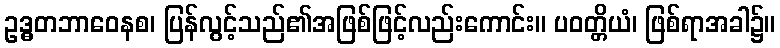
ဥဒ္ဓတဘာဝေနစ၊ ပြန်လွင့်သည်၏အဖြစ်ဖြင့်လည်းကောင်း။ ပဝတ္တိယံ၊ ဖြစ်ရာအခါ၌။